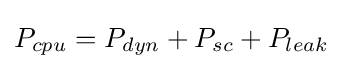
P_{cpu}=P_{dyn}+P_{sc}+P_{leak}